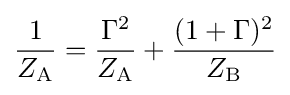
{1 \over Z_{\mathrm {A} }}={{\Gamma ^{2} \over Z_{\mathrm {A} }}+{(1+\Gamma )^{2} \over Z_{\mathrm {B} }}}